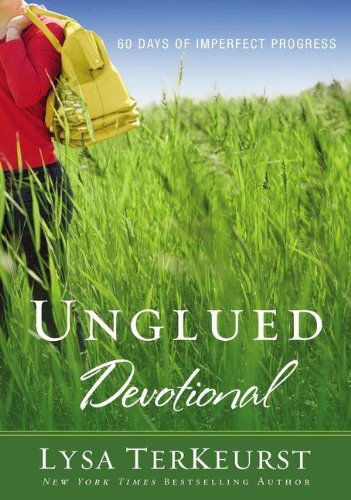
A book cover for Unglued Devotional: 60 Days of Imperfect Progress; Lysa TerKeurst; Christian Books & Bibles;